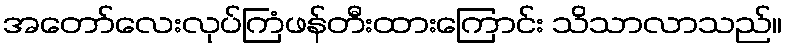
အတော်လေးလုပ်ကြံဖန်တီးထားကြောင်း သိသာလာသည်။